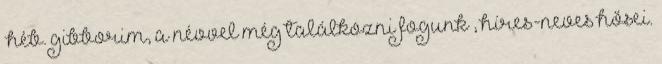
héb. gibborim, a névvel még találkozni fogunk , híres-neves hősei.